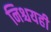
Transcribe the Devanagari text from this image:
निश्चयही